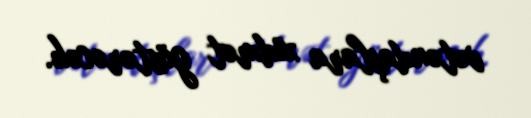
vətəndaşlara xidmət göstərəcək.